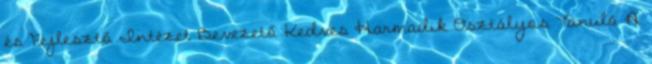
és Fejlesztő Intézet Bevezető Kedves Harmadik Osztályos Tanuló A